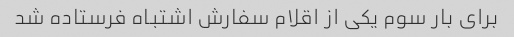
برای بار سوم یکی از اقلام سفارش اشتباه فرستاده شد